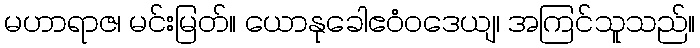
မဟာရာဇ၊ မင်းမြတ်။ ယောနုခေါဧဝံဝဒေယျ၊ အကြင်သူသည်။